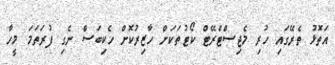
އަތޮޅު ތެރޭގައި ހުރި މެޖިސްޓްރޭޓް ކޯޓުތަކަށް ހާޒިރުކޮށް ހެކިބަސް ނެގި ފުރަތަމަ މީހާ